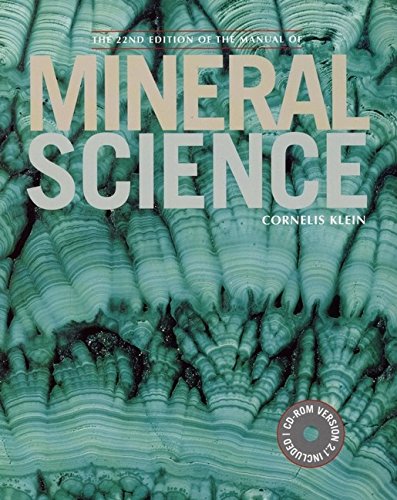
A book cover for Manual of Mineral Science, 22nd Edition (Manual of Mineralogy); Cornelis Klein; Science & Math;